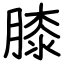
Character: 膝